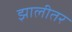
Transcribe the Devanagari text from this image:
झालीतर